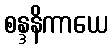
စန္ဒနိကာယေ